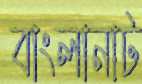
বাংলানাট